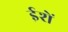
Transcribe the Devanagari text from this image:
ईशें